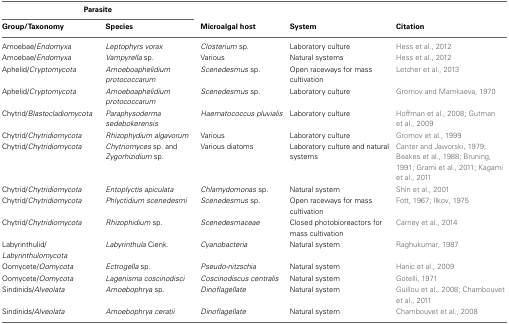
<table><thead><tr><td colspan="2"><b>Parasite</b></td><td></td><td></td><td></td></tr><tr><td><b>Group/Taxonomy</b></td><td><b>Species</b></td><td><b>Microalgal host</b></td><td><b>System</b></td><td><b>Citation</b></td></tr></thead><tbody><tr><td>Amoebae/<i>Endomyxa</i></td><td><i>Leptophyrs vorax</i></td><td><i>Closterium</i> sp.</td><td>Laboratory culture</td><td>Hess et al., 2012</td></tr><tr><td>Amoebae/<i>Endomyxa</i></td><td><i>Vampyrella</i> sp.</td><td>Various</td><td>Natural systems</td><td>Hess et al., 2012</td></tr><tr><td>Aphelid/<i>Cryptomycota</i></td><td><i>Amoeboaphelidium protococcarum</i></td><td><i>Scenedesmus</i> sp.</td><td>Open raceways for mass cultivation</td><td>Letcher et al., 2013</td></tr><tr><td>Aphelid/<i>Cryptomycota</i></td><td><i>Amoeboaphelidium protococcarum</i></td><td><i>Scenedesmus</i> sp.</td><td>Laboratory culture</td><td>Gromov and Mamkaeva, 1970</td></tr><tr><td>Chytrid/<i>Blastocladiomycota</i></td><td><i>Paraphysoderma sedebokerensis</i></td><td><i>Haematococcus pluvialis</i></td><td>Laboratory culture</td><td>Hoffman et al., 2008; Gutman et al., 2009</td></tr><tr><td>Chytrid/<i>Chytridiomycota</i></td><td><i>Rhizophydium algavorum</i></td><td>Various</td><td>Laboratory culture</td><td>Gromov et al., 1999</td></tr><tr><td>Chytrid/<i>Chytridiomycota</i></td><td><i>Chytriomyces</i> sp. and <i>Zygorhizidium</i> sp.</td><td>Various diatoms</td><td>Laboratory culture and natural systems</td><td>Canter and Jaworski, 1979; Beakes et al., 1988; Bruning, 1991; Grami et al., 2011; Kagami et al., 2011</td></tr><tr><td>Chytrid/<i>Chytridiomycota</i></td><td><i>Entoplyctis apiculata</i></td><td><i>Chlamydomonas</i> sp.</td><td>Natural system</td><td>Shin et al., 2001</td></tr><tr><td>Chytrid/<i>Chytridiomycota</i></td><td><i>Phlyctidium scenedesmi</i></td><td><i>Scenedesmus</i> sp.</td><td>Open raceways for mass cultivation</td><td>Fott, 1967; Ilkov, 1975</td></tr><tr><td>Chytrid/<i>Chytridiomycota</i></td><td><i>Rhizophidium</i> sp.</td><td><i>Scenedesmaceae</i></td><td>Closed photobioreactors for mass cultivation</td><td>Carney et al., 2014</td></tr><tr><td>Labyrinthulid/ <i>Labyrinthulomycota</i></td><td><i>Labyrinthula</i> Cienk.</td><td><i>Cyanobacteria</i></td><td>Natural system</td><td>Raghukumar, 1987</td></tr><tr><td>Oomycete/<i>Oomycota</i></td><td><i>Ectrogella</i> sp.</td><td><i>Pseudo-nitzschia</i></td><td>Natural system</td><td>Hanic et al., 2009</td></tr><tr><td>Oomycete/<i>Oomycota</i></td><td><i>Lagenisma coscinodisci</i></td><td><i>Coscinodiscus centralis</i></td><td>Natural system</td><td>Gotelli, 1971</td></tr><tr><td>Sindinids/<i>Alveolata</i></td><td><i>Amoebophrya</i> sp.</td><td><i>Dinoflagellate</i></td><td>Natural system</td><td>Guillou et al., 2008; Chambouvet et al., 2011</td></tr><tr><td>Sindinids/<i>Alveolata</i></td><td><i>Amoebophrya ceratii</i></td><td><i>Dinoflagellate</i></td><td>Natural system</td><td>Chambouvet et al., 2008</td></tr></tbody></table>